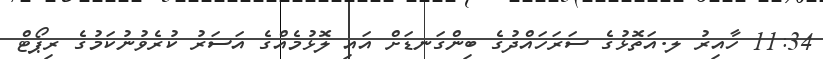
11:34 ހާއިރު ލ.އަތޮޅުގެ ސަރަހައްދުގެ ބިންގަނޑަށް އައި ލޮޅުމެއްގެ އަސަރު ކުރެވުނުކަމުގެ ރިޕޯޓް